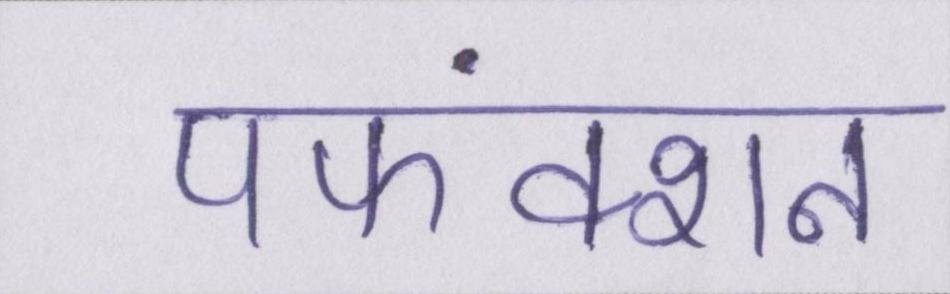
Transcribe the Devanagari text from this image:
पफंक्शन